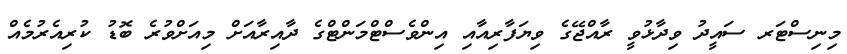
މިނިސްޓަރ ސައީދު ވިދާޅުވީ ރާއްޖޭގެ ވިޔަފާރިއާއި އިންވެސްޓްމަންޓްގެ ދާއިރާއަށް މިއަށްވުރެ ބޮޑު ކުރިއެރުމެއް